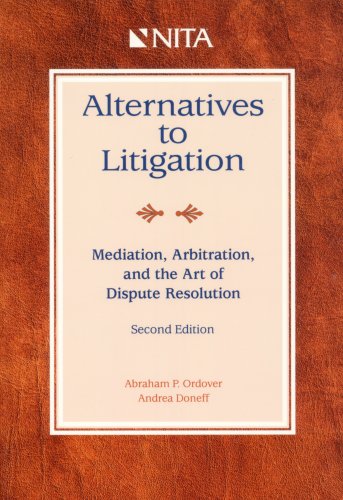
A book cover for Alternatives to Litigation: Mediation, Arbitration, and the Art of Dispute Resolution; Abraham P. Ordover; Law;